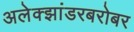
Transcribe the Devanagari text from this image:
अलेक्झांडरबरोबर